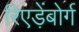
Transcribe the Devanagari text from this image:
रिएड़ेंबोर्ग